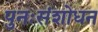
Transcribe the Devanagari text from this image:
पुनःसंशोधन